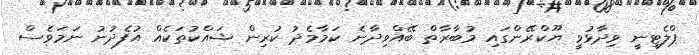
ޕްލެޓިނީ ވިދާޅުވީ ޔޫކްރޭންގައި މުބާރާތް ބޭއްވިދާނެ ކަމާމެދު ކުރިން ޝައްކުތަކެއް އުފެދުނު ނަމަވެސް